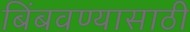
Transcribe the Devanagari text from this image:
बिंबवण्यासाठी